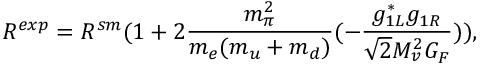
R ^ { e x p } = R ^ { s m } ( 1 + 2 { \frac { m _ { \pi } ^ { 2 } } { m _ { e } ( m _ { u } + m _ { d } ) } } ( - { \frac { g _ { 1 L } ^ { * } g _ { 1 R } } { { \sqrt 2 } M _ { v } ^ { 2 } G _ { F } } } ) ) ,